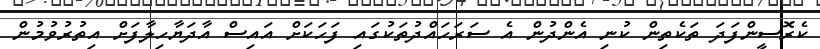
ކެރޮސީންފަދަ ތަކެތިން ކުނި އެންދުން އެ ސަރަހައްދުތަކުގައި ފަހަކަށް އައިސް އާދަޔާހިލާފަށް އިތުރުވުމުން